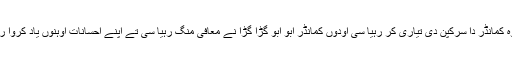
جدوں اوہ کمانڈر دا سرکپن دی تیاری کر رہیا سی اودوں کمانڈر ابو ابو گڑا گڑا نے معافی منگ رہیا سی تے اپنے احسانات اوہنوں یاد کروا رہیا سی ۔